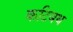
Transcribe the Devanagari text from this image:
कटिबध